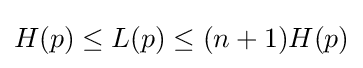
H(p)\leq L(p)\leq (n+1)H(p)